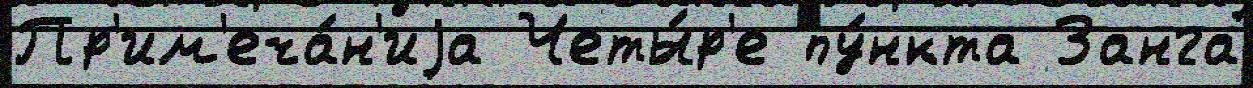
Пр'им'еча́н'иjа Четы́р'е пу́нкта Занга